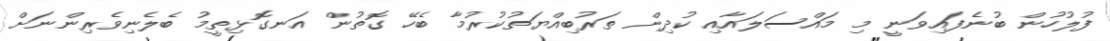
ފުލުހުން ބުނެފައިވަނީ މި މައްސަލައާއި ކުދިން ތަރުބިއްޔަތުކުރުމާ ބެހޭ ގޮތުން އަނގޮޅިތީމު ބެލެނިވެރިންނަށް